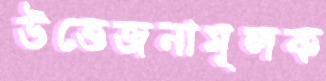
উত্তেজনামূলক